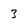
Character: 3